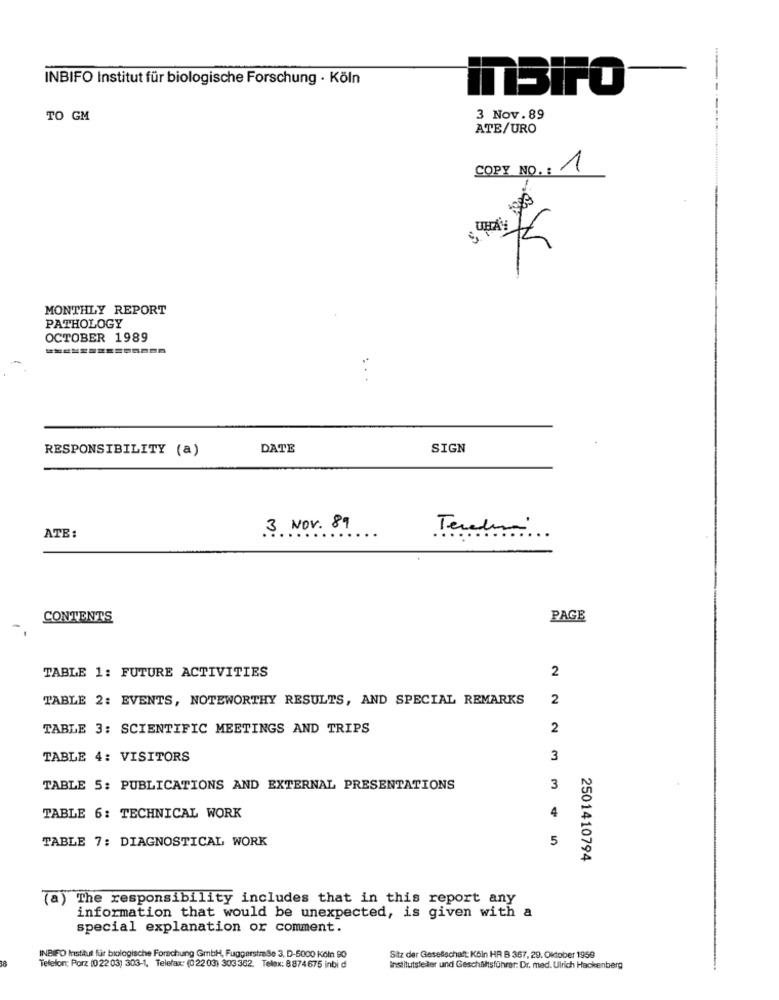
INBIFO Institut für biologische Forschung · Köln
inBirO
TO GM
3 Nov.89
ATE/URO
COPY NO .: 1
MONTHLY REPORT
PATHOLOGY
OCTOBER 1989
==============
RESPONSIBILITY (a)
DATE
SIGN
ATE:
3 NOV. 89
Tereden
CONTENTS
PAGE
TABLE 1: FUTURE ACTIVITIES
2
TABLE 2: EVENTS, NOTEWORTHY RESULTS, AND SPECIAL REMARKS
2
TABLE 3: SCIENTIFIC MEETINGS AND TRIPS
2
TABLE 4: VISITORS
3
TABLE 5: PUBLICATIONS AND EXTERNAL PRESENTATIONS
3
4
TABLE 6: TECHNICAL WORK
TABLE 7: DIAGNOSTICAL WORK
5
2501410794
(a) The responsibility includes that in this report any
information that would be unexpected, is given with a
special explanation or comment.
INBIFO Institut für biologische Forschung GmbH, Fuggerstraße 3, D-5000 Köln 90
Sitz der Gesellschaft: Köln HR B 367, 29. Oktober 1959
Telefon: Porz (022 03) 303-1, Telefax: (022 03) 303 362. Teltx: 8874675 inbi d
Institutsleiter und Geschäftsführer: Dr. med. Ulrich Hackenberg